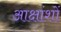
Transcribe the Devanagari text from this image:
आक्षांशों